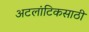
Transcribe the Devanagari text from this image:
अटलांटिकसाठी